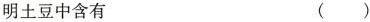
明土豆中含有 ( )